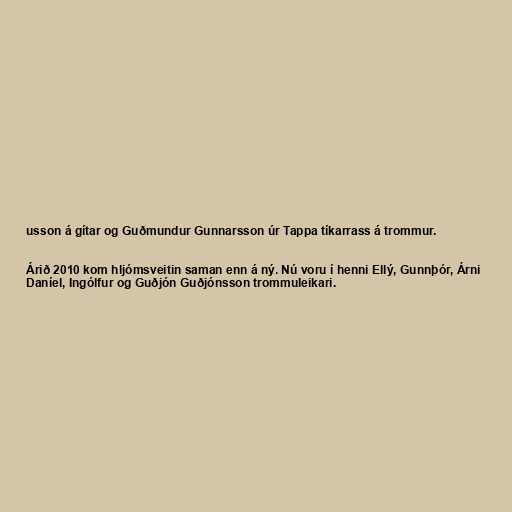
usson á gítar og Guðmundur Gunnarsson úr Tappa tíkarrass á trommur.

Árið 2010 kom hljómsveitin saman enn á ný. Nú voru í henni Ellý, Gunnþór, Árni
Daníel, Ingólfur og Guðjón Guðjónsson trommuleikari.